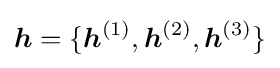
{\boldsymbol {h}}=\{{\boldsymbol {h}}^{(1)},{\boldsymbol {h}}^{(2)},{\boldsymbol {h}}^{(3)}\}